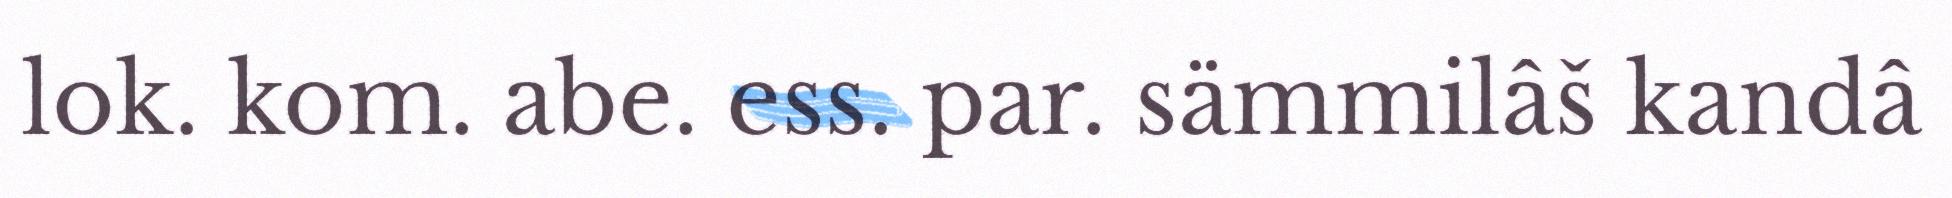
lok. kom. abe. ess. par. sämmilâš kandâ